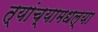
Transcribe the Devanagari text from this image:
त्यांच्यामधल्या